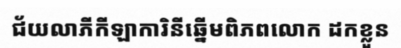
ជ័យលាភីកីឡាការិនីឆ្នើមពិភពលោក ដកខ្លួន